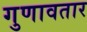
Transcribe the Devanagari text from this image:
गुणावतार